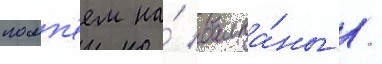
помп'еем на́ балка́ны /